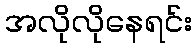
အလိုလိုနေရင်း